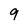
Character: 9